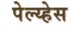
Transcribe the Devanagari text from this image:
पेल्य्हेस